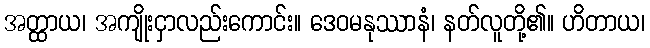
အတ္ထာယ၊ အကျိုးငှာလည်းကောင်း။ ဒေဝမနုဿာနံ၊ နတ်လူတို့၏။ ဟိတာယ၊